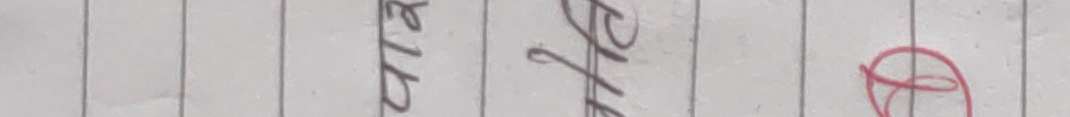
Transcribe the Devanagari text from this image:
खर्च